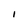
Character: I